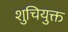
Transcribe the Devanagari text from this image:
शुचियुक्त